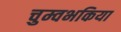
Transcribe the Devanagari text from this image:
चुम्वभकिया